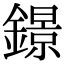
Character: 鐛